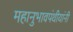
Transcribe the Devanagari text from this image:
महानुभावपंथीयांनी